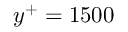
y ^ { + } = 1 5 0 0